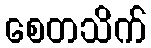
စေတသိက်